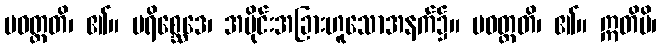
ပဝတ္တတိ၊ ၏။ ပရိစ္ဆေဒေ၊ အပိုင်းအခြားဟူသောအနက်၌။ ပဝတ္တတိ၊ ၏။ ဣတိပိ၊